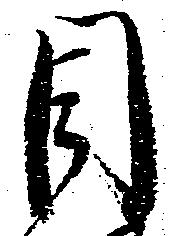
目